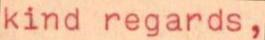
kind regards,